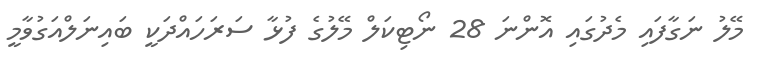
މޭލު ނަގާފައި މެދުގައި އޮންނަ 28 ނޯޓިކަލް މޭލުގެ ފުޅާ ސަރަހައްދަކީ ބައިނަލްއަގުވާމީ